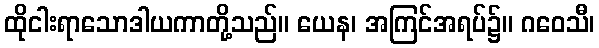
ထိုငါးရာသောဒါယကာတို့သည်။ ယေန၊ အကြင်အရပ်၌။ ဂဝေသီ၊